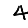
Digit: 4